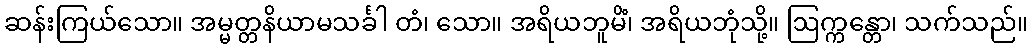
ဆန်းကြယ်သော။ အမ္မတ္တနိယာမသင်္ခါ တံ၊ သော။ အရိယဘူမိံ၊ အရိယဘုံသို့။ ဩက္ကန္တော၊ သက်သည်။